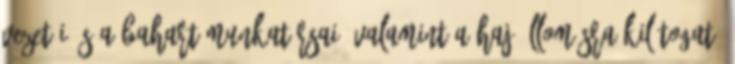
vezetői és a BAHART munkatársai, valamint a hajóállomásra kilátogató